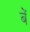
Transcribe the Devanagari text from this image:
बें